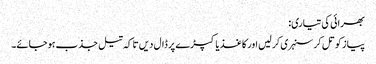
بھرائی کی تیاری:
پیاز کو تل کر سنہری کر لیں اور کاغذ یا کپڑے پر ڈال دیں تا کہ تیل جذب ہوجائے۔